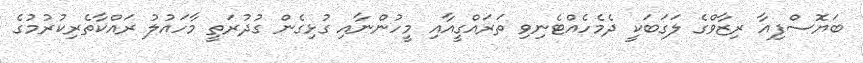
ބަޔޮސްފިއާ ރިޒާވްގެ ލަގަބަކީ ދެމެހެއްޓެނިވި ތަރައްގީއާއި މީހުންނާއި ގުޅިގެން ގުދުރަތީ މާހައުލު ރައްކާތެރިކުރުމުގެ